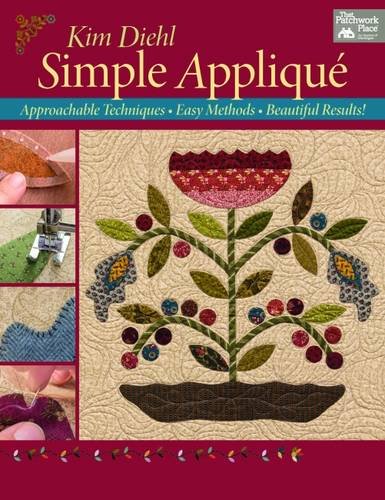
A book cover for Simple Applique: Approachable Techniques, Easy Methods, Beautiful Results!; Kim Diehl; Crafts, Hobbies & Home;